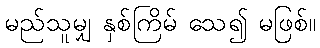
မည်သူမျှ နှစ်ကြိမ် သေ၍ မဖြစ်။